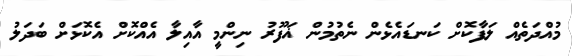
މުއްދަތެއް ލަފާކޮށް ކަނޑައެޅެން ނެތުމުން ޣަފޫރު ނިންމީ އާއިލާ އެއްކޮށް އެކޮޅަށް ބަދަލު